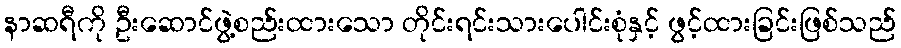
နာဆရီကို ဦးဆောင်ဖွဲ့စည်းထားသော တိုင်းရင်းသားပေါင်းစုံနှင့် ဖွင့်ထားခြင်းဖြစ်သည်